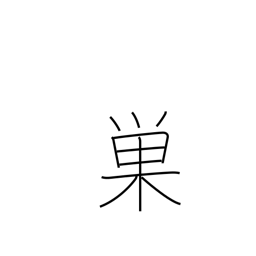
Meaning: cobweb